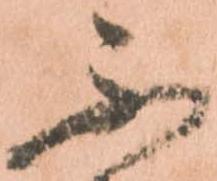
不